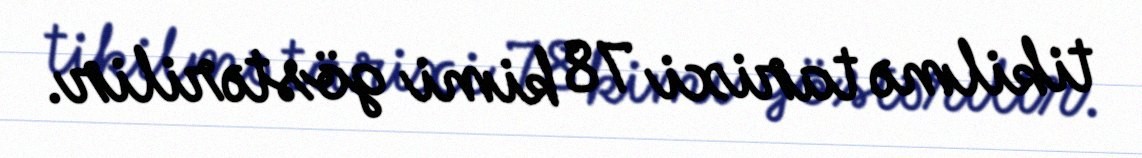
tikilmə tarixi 78 kimi göstərilir.